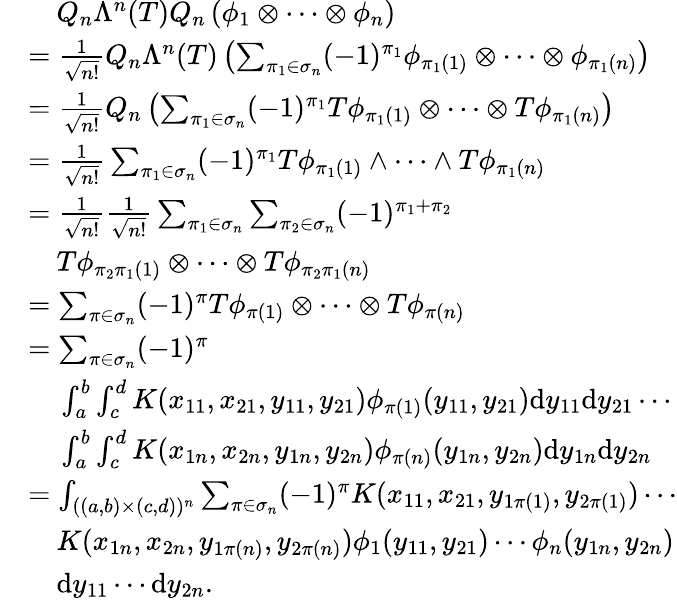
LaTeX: \begin{array}{rl}&{~~~~Q_{n}\Lambda^{n}(T)Q_{n}\left(\phi_{1}\otimes\cdots\otimes\phi_{n}\right)}\\ &{=\frac{1}{\sqrt{n!}}Q_{n}\Lambda^{n}(T)\left(\sum_{\pi_{1}\in\sigma_{n}}(-1)^{\pi_{1}}\phi_{\pi_{1}(1)}\otimes\cdots\otimes\phi_{\pi_{1}(n)}\right)}\\ &{=\frac{1}{\sqrt{n!}}Q_{n}\left(\sum_{\pi_{1}\in\sigma_{n}}(-1)^{\pi_{1}}T\phi_{\pi_{1}(1)}\otimes\cdots\otimes T\phi_{\pi_{1}(n)}\right)}\\ &{=\frac{1}{\sqrt{n!}}\sum_{\pi_{1}\in\sigma_{n}}(-1)^{\pi_{1}}T\phi_{\pi_{1}(1)}\wedge\cdots\wedge T\phi_{\pi_{1}(n)}}\\ &{=\frac{1}{\sqrt{n!}}\frac{1}{\sqrt{n!}}\sum_{\pi_{1}\in\sigma_{n}}\sum_{\pi_{2}\in\sigma_{n}}(-1)^{\pi_{1}+\pi_{2}}}\\ &{~~~~T\phi_{\pi_{2}\pi_{1}(1)}\otimes\cdots\otimes T\phi_{\pi_{2}\pi_{1}(n)}}\\ &{=\sum_{\pi\in\sigma_{n}}(-1)^{\pi}T\phi_{\pi(1)}\otimes\cdots\otimes T\phi_{\pi(n)}}\\ &{=\sum_{\pi\in\sigma_{n}}(-1)^{\pi}}\\ &{~~~~\int_{a}^{b}\int_{c}^{d}K(x_{11},x_{21},y_{11},y_{21})\phi_{\pi(1)}(y_{11},y_{21})\mathrm{d}y_{11}\mathrm{d}y_{21}\cdots}\\ &{~~~~\int_{a}^{b}\int_{c}^{d}K(x_{1n},x_{2n},y_{1n},y_{2n})\phi_{\pi(n)}(y_{1n},y_{2n})\mathrm{d}y_{1n}\mathrm{d}y_{2n}}\\ &{=\int_{((a,b)\times(c,d))^{n}}\sum_{\pi\in\sigma_{n}}(-1)^{\pi}K(x_{11},x_{21},y_{1\pi(1)},y_{2\pi(1)})\cdots}\\ &{~~~~K(x_{1n},x_{2n},y_{1\pi(n)},y_{2\pi(n)})\phi_{1}(y_{11},y_{21})\cdots\phi_{n}(y_{1n},y_{2n})}\\ &{~~~~\mathrm{d}y_{11}\cdots\mathrm{d}y_{2n}.}\end{array}